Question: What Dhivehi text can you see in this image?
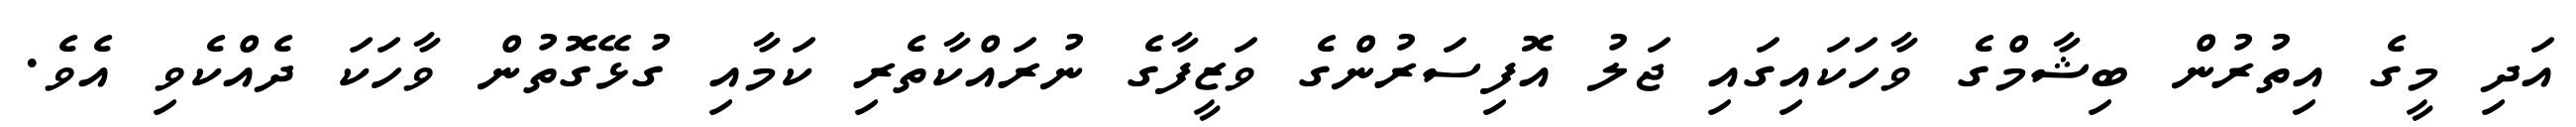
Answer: އަދި މީގެ އިތުރުން ބިޝާމްގެ ވާހަކައިގައި ޖަލު އޮފިސަރުންގެ ވަޒީފާގެ ނުރައްކާތެރި ކަމާއި ގުޅޭގޮތުން ވާހަކަ ދެއްކެވި އެވެ.